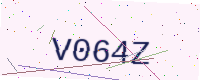
Text: V064Z